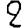
Digit: 2